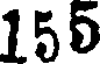
155